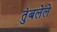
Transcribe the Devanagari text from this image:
तुंबलेले